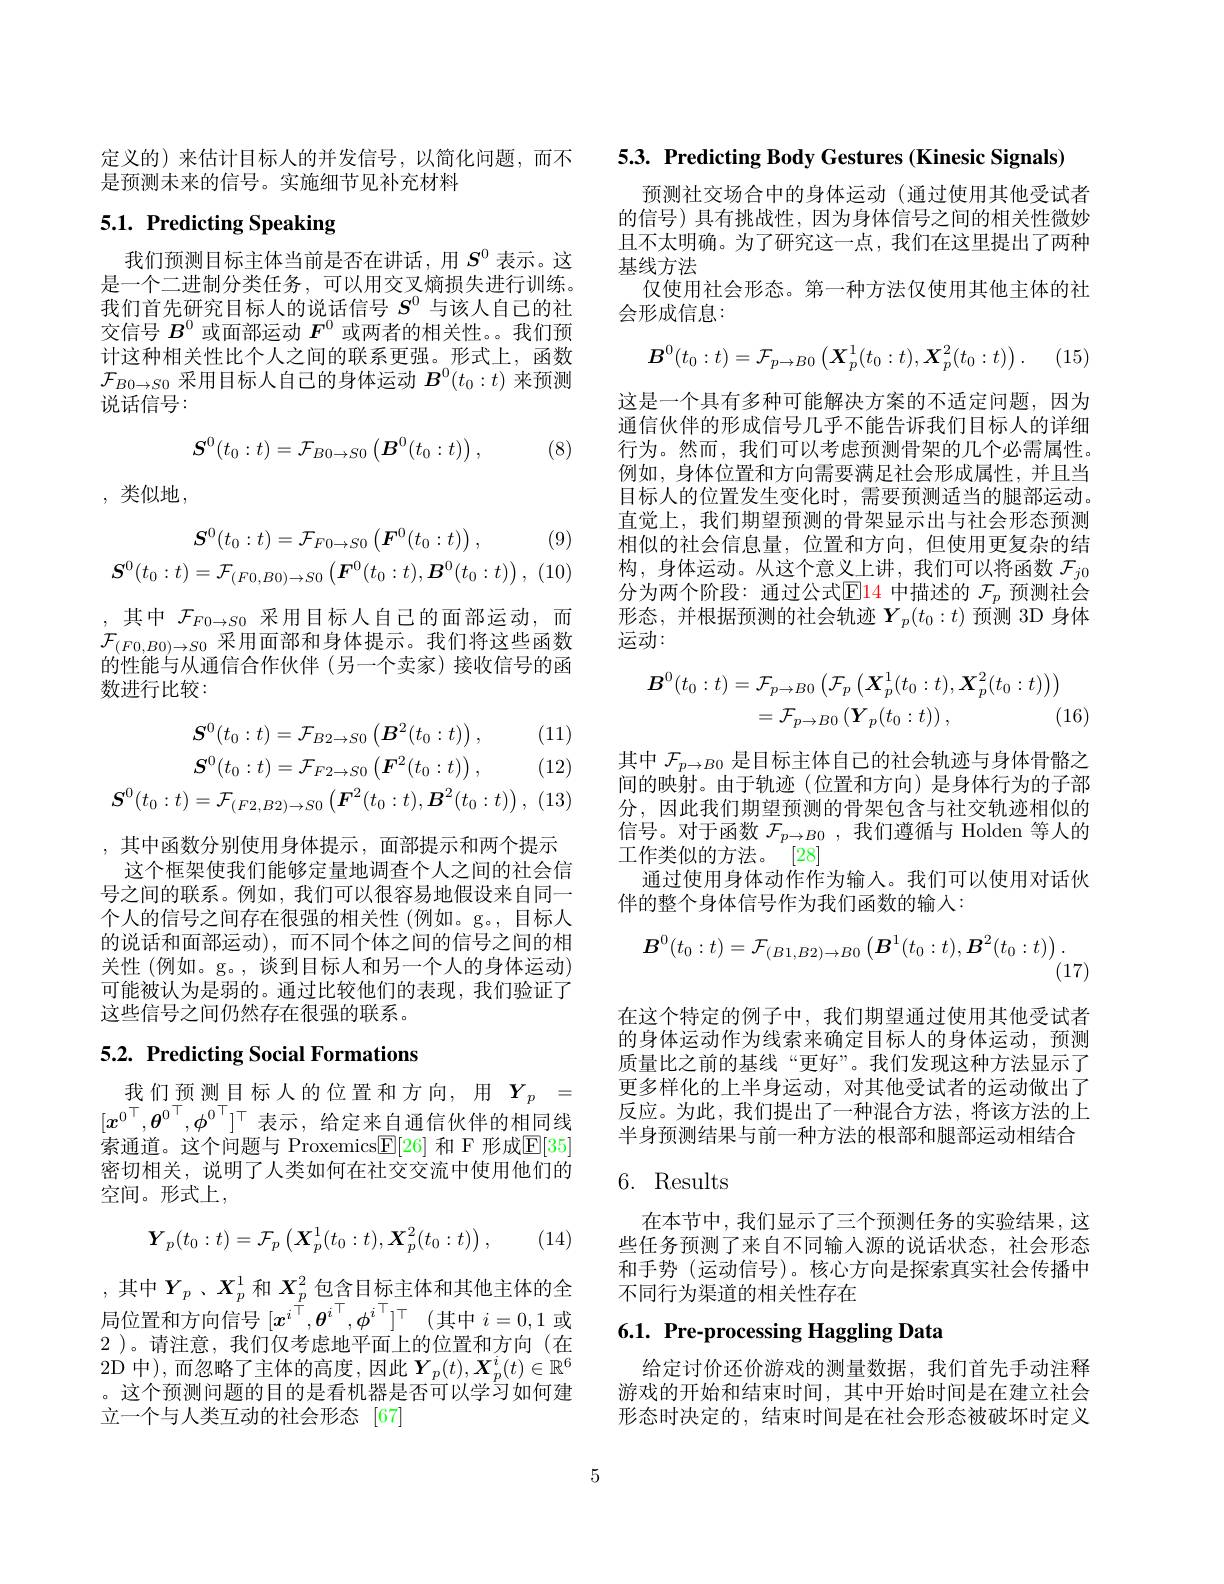
定义的)来估计目标人的并发信号，以简化问题，而不
是预测未来的信号。实施细节见补充材料

# 5.1. Predicting Speaking

我们预测目标主体当前是否在讲话，用$S^{0}$ 表示。这是一个二进制分类任务，可以用交叉熵损失进行训练。我们首先研究目标人的说话信号$S^{0}$与该人自己的社交信号$B^0$或面部运动$F^0$或两者的相关性。。我们预计这种相关性比个人之间的联系更强。形式上，函数$\mathcal{F}_{B0\to S0}$采用目标人自己的身体运动$B^0(t_0:t)$来预测说话信号：
$$S^0(t_0:t)=\mathcal{F}_{B0\to S0}\left(\boldsymbol{B}^0(t_0:t)\right),$$
 (8)

, 类似地，

(9)
$$\boldsymbol{S}^{0}(t_{0}:t)=\mathcal{F}_{F0\to S0}\left(\boldsymbol{F}^{0}(t_{0}:t)\right),\\\boldsymbol{S}^{0}(t_{0}:t)=\mathcal{F}_{(F0,B0)\to S0}\left(\boldsymbol{F}^{0}(t_{0}:t),\boldsymbol{B}^{0}(t_{0}:t)\right),$$
,其中$\mathcal{F}_{F0\to S0}$采用目标人自己的面部运动，而$\mathcal{F}_{(F0,B0)\to S0}$采用面部和身体提示。我们将这些函数的性能与从通信合作伙伴(另一个卖家)接收信号的函数进行比较：

(11)

(12)
$$\begin{aligned}\boldsymbol{S}^{0}(t_{0}:t)&=\mathcal{F}_{B2\to S0}\left(\boldsymbol{B}^{2}(t_{0}:t)\right),\\\boldsymbol{S}^{0}(t_{0}:t)&=\mathcal{F}_{F2\to S0}\left(\boldsymbol{F}^{2}(t_{0}:t)\right),\\\boldsymbol{S}^{0}(t_{0}:t)&=\mathcal{F}_{(F2,B2)\to S0}\left(\boldsymbol{F}^{2}(t_{0}:t),\boldsymbol{B}^{2}(t_{0}:t)\right),\end{aligned}$$
,其中函数分别使用身体提示，面部提示和两个提示这个框架使我们能够定量地调查个人之间的社会信
号之间的联系。例如，我们可以很容易地假设来自同一个人的信号之间存在很强的相关性(例如。g。,目标人的说话和面部运动),而不同个体之间的信号之间的相关性(例如。g。, 谈到目标人和另一个人的身体运动) 可能被认为是弱的。通过比较他们的表现，我们验证了这些信号之间仍然存在很强的联系。

# 5.2. Predicting Social Formations

我们预测目标人的位置和方向，用$Y_p=$ $[x^0^\top,\boldsymbol{\theta}^0^\top,\phi^0^\top]^\top$表示 ,给定来自通信伙伴的相同线索通道。这个问题与 Proxemics$\boxed{\mathrm{E}}[26]$ 和 F 形成$\mathbb{E}[35]$ 密切相关，说明了人类如何在社交交流中使用他们的空间。形式上，
$$\boldsymbol{Y}_p(t_0:t)=\mathcal{F}_p\left(\boldsymbol{X}_p^1(t_0:t),\boldsymbol{X}_p^2(t_0:t)\right),$$
(14)

,其中$Y_p$ $、 X_p^1$和$X_{\underline {p}}^2$ $\underset {- }{\operatorname* { \operatorname* { \text{包 含 目 标 主 体 和 其 他 主 体 的 全 }} } }$ 局位置和方向信号$[x^i^\top,\boldsymbol{\theta}^i^\top,\phi^i^\top]^\top\:($其中$i=0,1$或2 )。请注意，我们仅考虑地平面上的位置和方向(在2D 中),而忽略了主体的高度，因此$\boldsymbol Y_p(t),\boldsymbol{X}_p^i(t)\in\mathbb{R}^6$ 。这个预测问题的目的是看机器是否可以学习如何建立一个与人类互动的社会形态[67]

$5. 3. \textbf{ Predicting Body Gestures ( Kinesic Signals) }$

预测社交场合中的身体运动 (通过使用其他受试者的信号)具有挑战性，因为身体信号之间的相关性微妙且不太明确。为了研究这一点，我们在这里提出了两种基线方法
仅使用社会形态。第一种方法仅使用其他主体的社
会形成信息：
$$\boldsymbol{B}^0(t_0:t)=\mathcal{F}_{p\to B0}\left(\boldsymbol{X}_p^1(t_0:t),\boldsymbol{X}_p^2(t_0:t)\right).$$
这是一个具有多种可能解决方案的不适定问题，因为通信伙伴的形成信号几乎不能告诉我们目标人的详细行为。然而，我们可以考虑预测骨架的几个必需属性。例如，身体位置和方向需要满足社会形成属性，并且当目标人的位置发生变化时，需要预测适当的腿部运动。直觉上，我们期望预测的骨架显示出与社会形态预测相似的社会信息量，位置和方向，但使用更复杂的结构，身体运动。从这个意义上讲，我们可以将函数$\mathcal{F}_{j0}$ 分为两个阶段：通过公式$\operatorname{El}$4 中描述的 $\mathcal{F}_p$ 预测社会形态，并根据预测的社会轨迹$\boldsymbol{Y}_p(t_0:t)\dot{\text{预测 3D 身体}}$ 运动：
$$\begin{aligned}\boldsymbol{B}^{0}(t_{0}:t)&=\mathcal{F}_{p\to B0}\left(\mathcal{F}_{p}\left(\boldsymbol{X}_{p}^{1}(t_{0}:t),\boldsymbol{X}_{p}^{2}(t_{0}:t)\right)\right)\\&=\mathcal{F}_{p\to B0}\left(\boldsymbol{Y}_{p}(t_{0}:t)\right),\quad(1\end{aligned}$$
其中$\mathcal{F}_p\to B0$是目标主体自己的社会轨迹与身体骨骼之间的映射。由于轨迹(位置和方向)是身体行为的子部分，因此我们期望预测的骨架包含与社交轨迹相似的信号。对于函数$\mathcal{F}_p\to B0$,我们遵循与 Holden 等人的工作类似的方法。[28]
通过使用身体动作作为输入。我们可以使用对话伙
伴的整个身体信号作为我们函数的输入：
$$\boldsymbol{B}^{0}(t_{0}:t)=\mathcal{F}_{(B1,B2)\to B0}\left(\boldsymbol{B}^{1}(t_{0}:t),\boldsymbol{B}^{2}(t_{0}:t)\right).$$
(17)

在这个特定的例子中，我们期望通过使用其他受试者的身体运动作为线索来确定目标人的身体运动，预测质量比之前的基线“更好”。我们发现这种方法显示了更多样化的上半身运动，对其他受试者的运动做出了反应。为此，我们提出了一种混合方法，将该方法的上半身预测结果与前一种方法的根部和腿部运动相结合

# 6. Results

在本节中，我们显示了三个预测任务的实验结果，这些任务预测了来自不同输入源的说话状态，社会形态和手势 (运动信号)。核心方向是探索真实社会传播中不同行为渠道的相关性存在

## 6.1. Pre-processing Haggling Data

给定讨价还价游戏的测量数据，我们首先手动注释游戏的开始和结束时间，其中开始时间是在建立社会形态时决定的，结束时间是在社会形态被破坏时定义

5